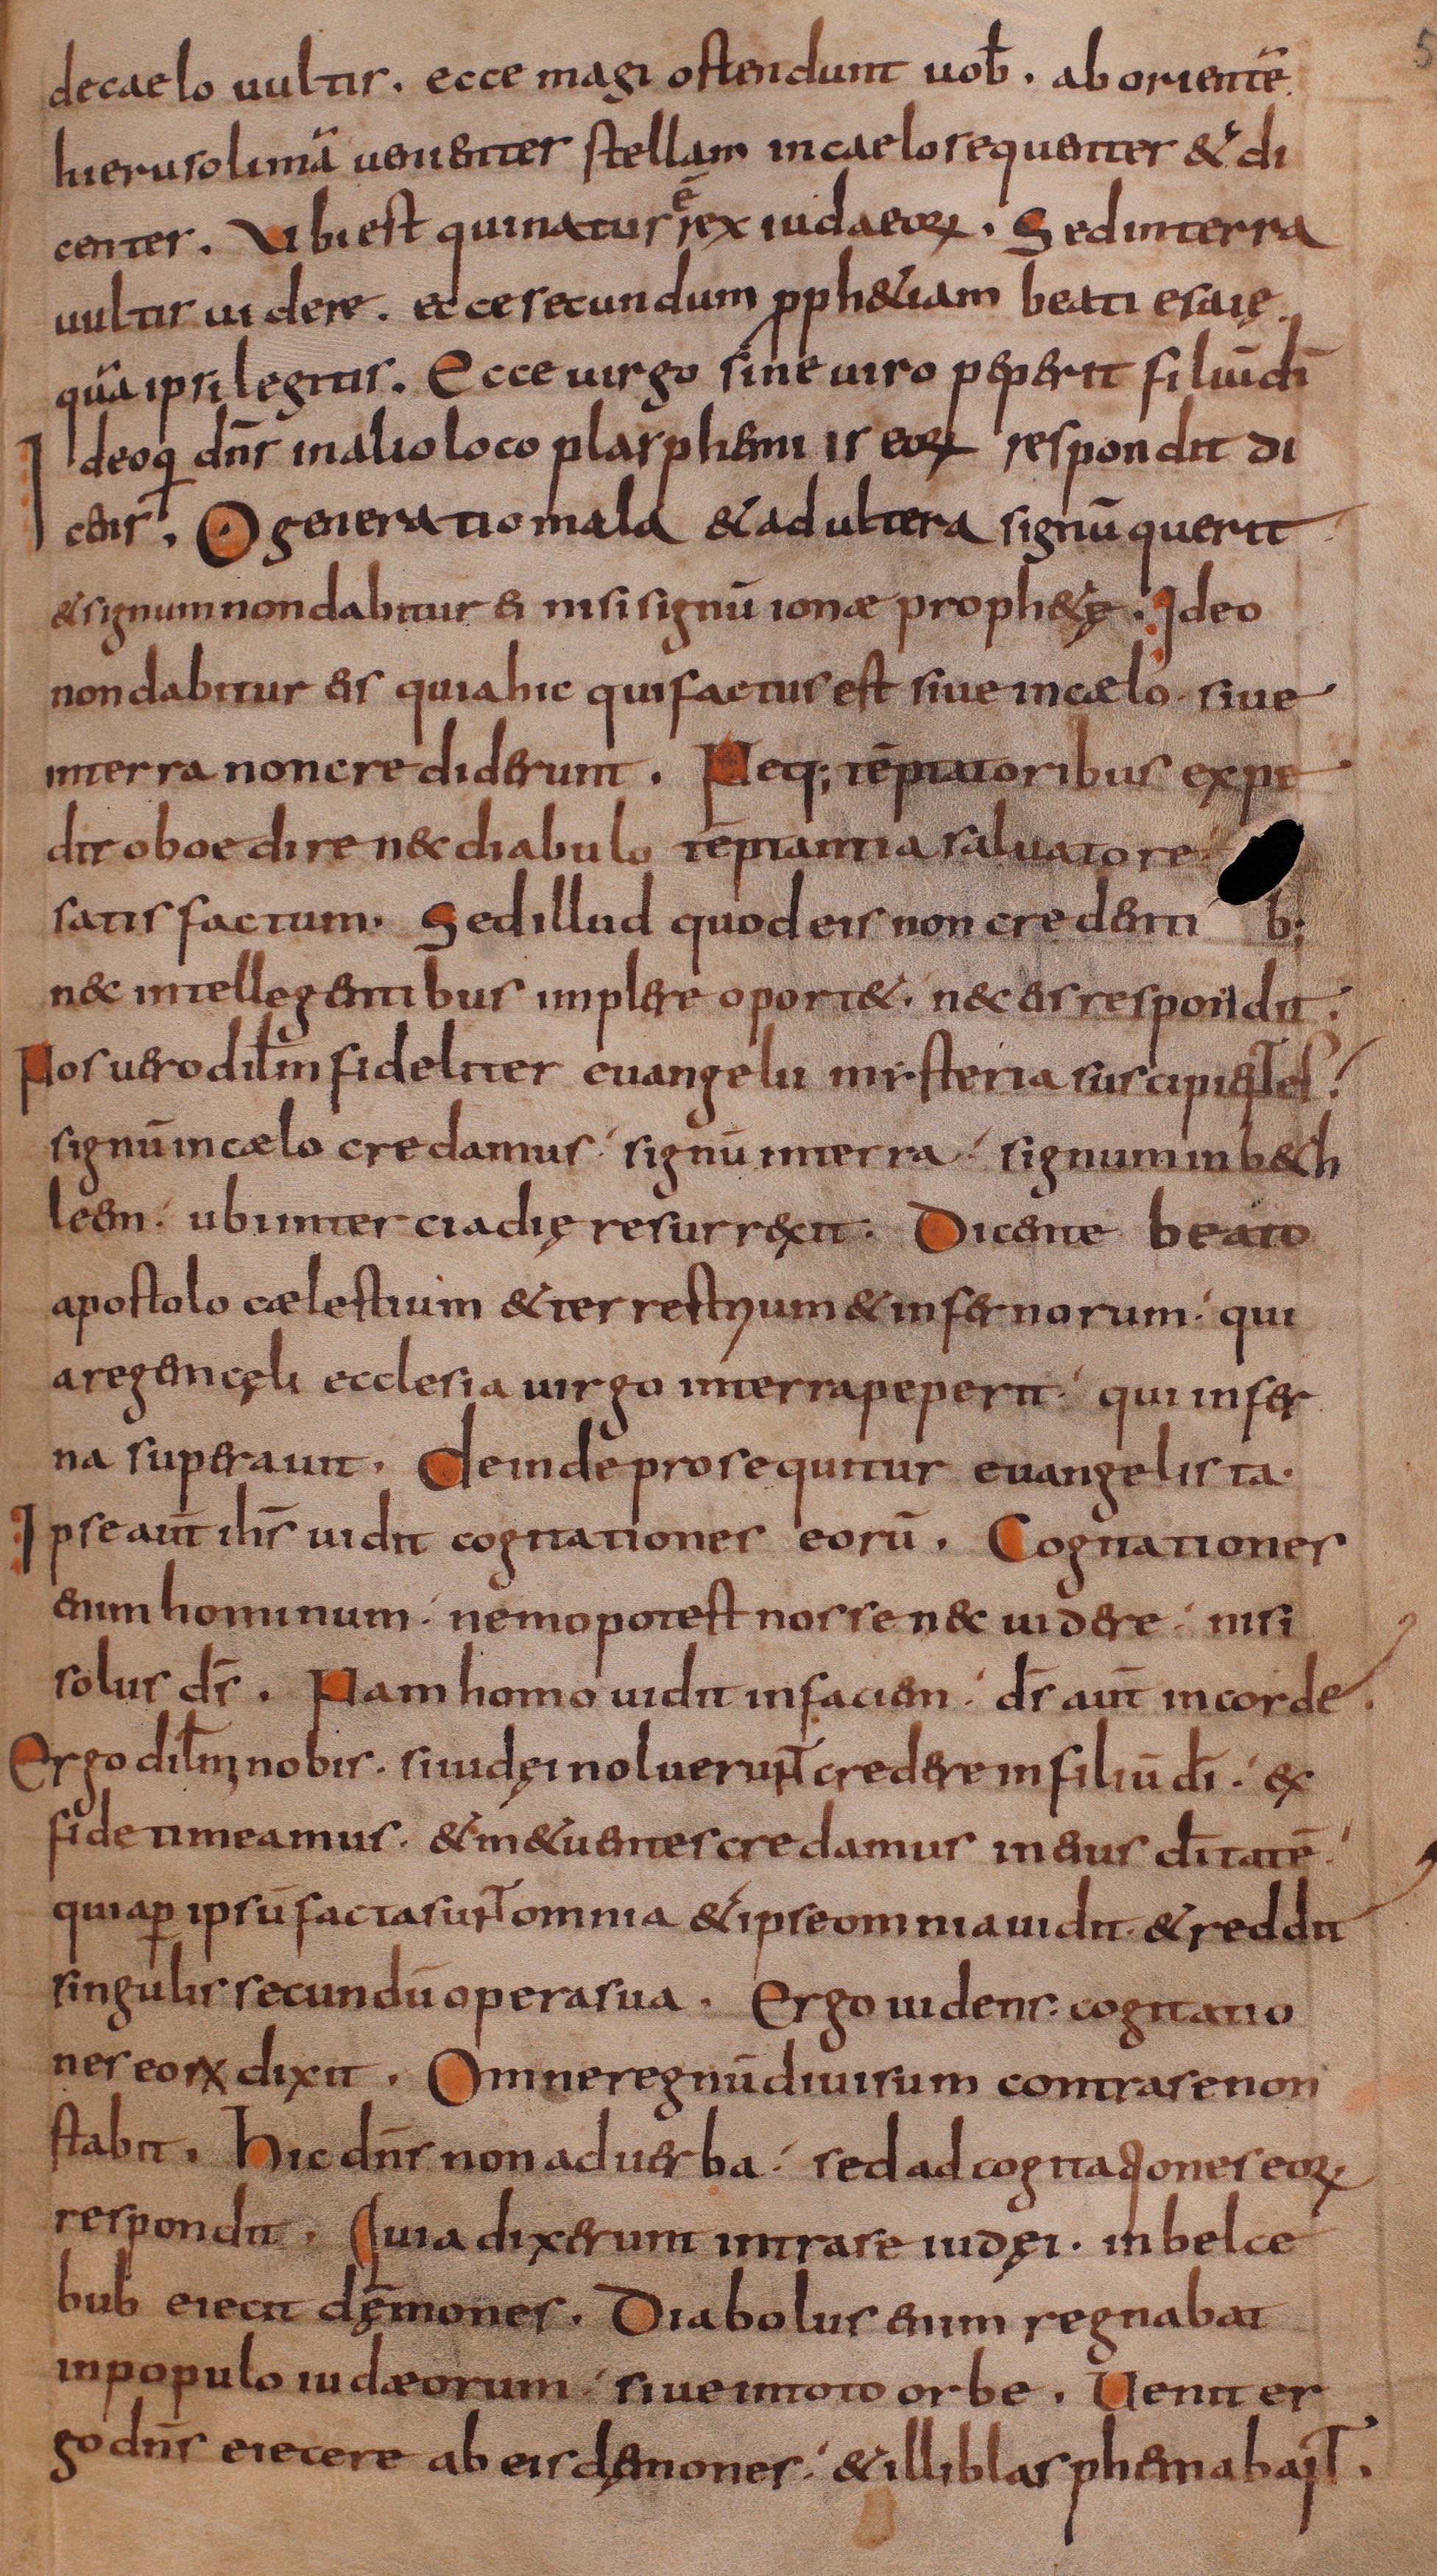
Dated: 800–849